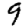
Digit: 9